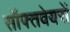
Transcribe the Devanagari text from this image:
सॉफ्तवेयरों